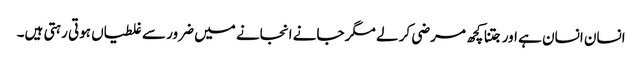
انسان انسان ہے اور جتنا کچھ مرضی کر لے مگر جانے انجانے میں ضرور سے غلطیاں ہوتی رہتی ہیں۔